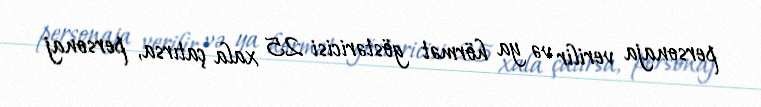
personaja verilir və ya hörmət göstəricisi 25 xala çatırsa, personaj